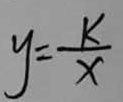
y = \frac { k } { x }